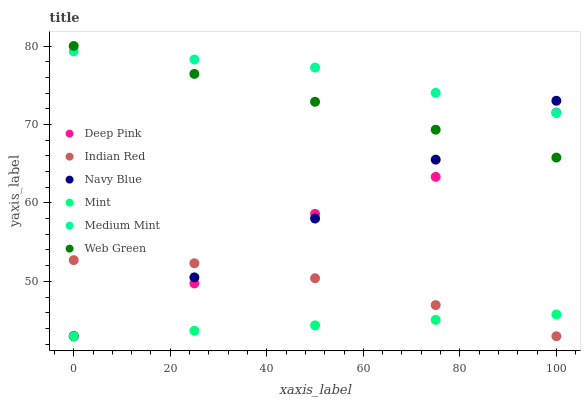
| xaxis_label | Deep Pink | Indian Red | Navy Blue | Mint | Medium Mint | Web Green |
 | --- | --- | --- | --- | --- | --- | --- |
 | 0 | 43 | 52.7 | 43 | 43 | 79.3 | 80 |
 | 25 | 49.7 | 52.3 | 50.5 | 43.7 | 78.3 | 76.4 |
 | 50 | 58.6 | 50.4 | 58 | 44.4 | 77.3 | 72.9 |
 | 75 | 63.3 | 47 | 65.5 | 45.1 | 74 | 69.3 |
 | 100 | 71.5 | 43 | 73 | 45.8 | 71.5 | 65.8 |